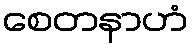
စေတနာဟံ